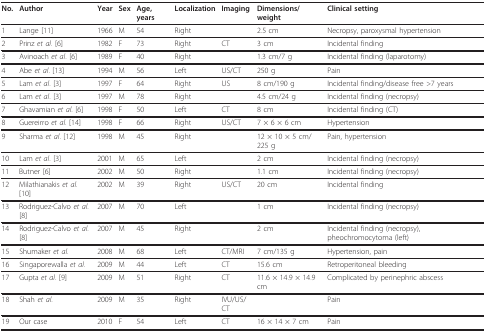
<table><thead><tr><td><b>No.</b></td><td><b>Author</b></td><td><b>Year</b></td><td><b>Sex</b></td><td><b>Age, years</b></td><td><b>Localization</b></td><td><b>Imaging</b></td><td><b>Dimensions/weight</b></td><td><b>Clinical setting</b></td></tr></thead><tbody><tr><td>1</td><td>Lange [11]</td><td>1966</td><td>M</td><td>54</td><td>Right</td><td></td><td>2.5 cm</td><td>Necropsy, paroxysmal hypertension</td></tr><tr><td>2</td><td>Prinz <i>et al</i>. [6]</td><td>1982</td><td>F</td><td>73</td><td>Right</td><td>CT</td><td>3 cm</td><td>Incidental finding</td></tr><tr><td>3</td><td>Avinoach <i>et al</i>. [6]</td><td>1989</td><td>F</td><td>40</td><td>Right</td><td></td><td>1.3 cm/7 g</td><td>Incidental finding (laparotomy)</td></tr><tr><td>4</td><td>Abe <i>et al</i>. [13]</td><td>1994</td><td>M</td><td>56</td><td>Left</td><td>US/CT</td><td>250 g</td><td>Pain</td></tr><tr><td>5</td><td>Lam <i>et al</i>. [3]</td><td>1997</td><td>F</td><td>64</td><td>Right</td><td>US</td><td>8 cm/190 g</td><td>Incidental finding/disease free &gt;7 years</td></tr><tr><td>6</td><td>Lam <i>et al</i>. [3]</td><td>1997</td><td>M</td><td>78</td><td>Right</td><td></td><td>4.5 cm/24 g</td><td>Incidental finding (necropsy)</td></tr><tr><td>7</td><td>Ghavamian <i>et al</i>. [6]</td><td>1998</td><td>F</td><td>50</td><td>Left</td><td>CT</td><td>8 cm</td><td>Incidental finding (CT)</td></tr><tr><td>8</td><td>Guereirro <i>et al</i>. [14]</td><td>1998</td><td>F</td><td>66</td><td>Right</td><td>US/CT</td><td>7 × 6 × 6 cm</td><td>Hypertension</td></tr><tr><td>9</td><td>Sharma <i>et al</i>. [12]</td><td>1998</td><td>M</td><td>45</td><td>Right</td><td></td><td>12 × 10 × 5 cm/225 g</td><td>Pain, hypertension</td></tr><tr><td>10</td><td>Lam <i>et al</i>. [3]</td><td>2001</td><td>M</td><td>65</td><td>Left</td><td></td><td>2 cm</td><td>Incidental finding (necropsy)</td></tr><tr><td>11</td><td>Butner [6]</td><td>2002</td><td>M</td><td>50</td><td>Right</td><td></td><td>1.1 cm</td><td>Incidental finding (necropsy)</td></tr><tr><td>12</td><td>Milathianakis <i>et al</i>. [10]</td><td>2002</td><td>M</td><td>39</td><td>Right</td><td>US/CT</td><td>20 cm</td><td>Incidental finding</td></tr><tr><td>13</td><td>Rodriguez-Calvo <i>et al</i>. [8]</td><td>2007</td><td>M</td><td>70</td><td>Left</td><td></td><td>1 cm</td><td>Incidental finding (necropsy)</td></tr><tr><td>14</td><td>Rodriguez-Calvo <i>et al</i>. [8]</td><td>2007</td><td>M</td><td>45</td><td>Right</td><td></td><td>2 cm</td><td>Incidental finding (necropsy), pheochromocytoma (left)</td></tr><tr><td>15</td><td>Shumaker <i>et al</i>.</td><td>2008</td><td>M</td><td>68</td><td>Left</td><td>CT/MRI</td><td>7 cm/135 g</td><td>Hypertension, pain</td></tr><tr><td>16</td><td>Singaporewalla <i>et al</i>.</td><td>2009</td><td>M</td><td>44</td><td>Left</td><td>CT</td><td>15.6 cm</td><td>Retroperitoneal bleeding</td></tr><tr><td>17</td><td>Gupta <i>et al</i>. [9]</td><td>2009</td><td>M</td><td>51</td><td>Right</td><td>CT</td><td>11.6 × 14.9 × 14.9 cm</td><td>Complicated by perinephric abscess</td></tr><tr><td>18</td><td>Shah <i>et al</i>.</td><td>2009</td><td>M</td><td>35</td><td>Right</td><td>IVU/US/CT</td><td></td><td>Pain</td></tr><tr><td>19</td><td>Our case</td><td>2010</td><td>F</td><td>54</td><td>Left</td><td>CT</td><td>16 × 14 × 7 cm</td><td>Pain</td></tr></tbody></table>